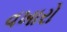
વખારો